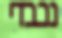
נכבדי